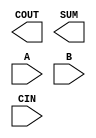
module sky130_fd_sc_hs__fahcin (
    COUT,
    SUM ,
    A   ,
    B   ,
    CIN
);

    output COUT;
    output SUM ;
    input  A   ;
    input  B   ;
    input  CIN ;

    // Voltage supply signals
    supply1 VPWR;
    supply0 VGND;

endmodule